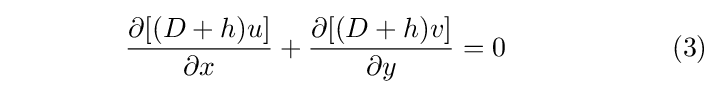
\qquad \qquad {\frac {\partial [(D+h)u]}{\partial x}}+{\frac {\partial [(D+h)v]}{\partial y}}=0\qquad \qquad \qquad (3)